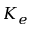
K _ { e }